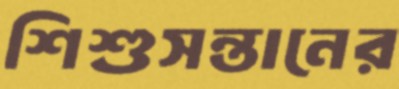
শিশুসন্তানের